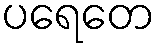
ပရေတေ